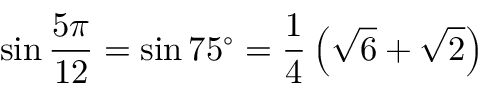
\sin { \frac { 5 \pi } { 1 2 } } = \sin 7 5 ^ { \circ } = { \frac { 1 } { 4 } } \left( { \sqrt { 6 } } + { \sqrt { 2 } } \right)